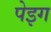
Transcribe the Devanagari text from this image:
पेइग